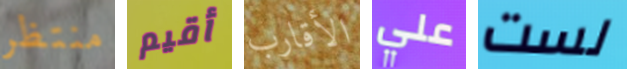
منتظر أقيم الأقارب علي لست